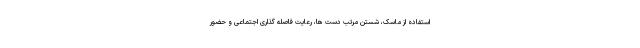
استفاده از ماسک، شستن مرتب دست ها، رعایت فاصله گذاری اجتماعی و حضور